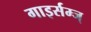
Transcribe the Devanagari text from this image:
गाइर्सम्ज्